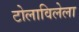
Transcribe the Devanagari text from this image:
टोलाविलेला